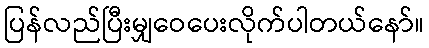
ပြန်လည်ပြီးမျှဝေပေးလိုက်ပါတယ်နော်။